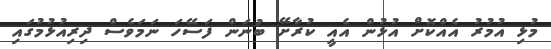
މުޅި އުމުރު އެއްކޮށް އުޅުން އެއީ ކުރާށޭ ބުނަން ފަސޭހަ ނަމަވެސް ދިރިއުޅުމުގައި